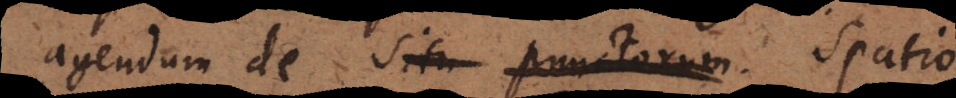
agendum de situ punctorum. Spatio